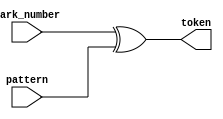
/*--  *******************************************************
  --  Computer Architecture Course, Laboratory Sources 
  --  Amirkabir University of Technology (Tehran Polytechnic)
  --  Department of Computer Engineering (CE-AUT)
  --  https://ce[dot]aut[dot]ac[dot]ir
  --  *******************************************************
  --  All Rights reserved (C) 2021-2022
  --  *******************************************************
  --  Student ID  : 9931066 & 9931054
  --  Student Name: Amirhossein Iravanimanesh & Manni Moghimi
  --  Student Mail: 
  --  *******************************************************
  --  Additional Comments:
  --
  --*/

/*-----------------------------------------------------------
  ---  Module Name: token_production 
  -----------------------------------------------------------*/
`timescale 1 ns/1 ns
module token_production(
	park_number,
	pattern,
	token);
	input [2:0] park_number;
	input [2:0] pattern;
	output [2:0] token;
	assign token = park_number ^ pattern ;
endmodule